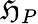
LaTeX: \mathfrak{H}_{P}